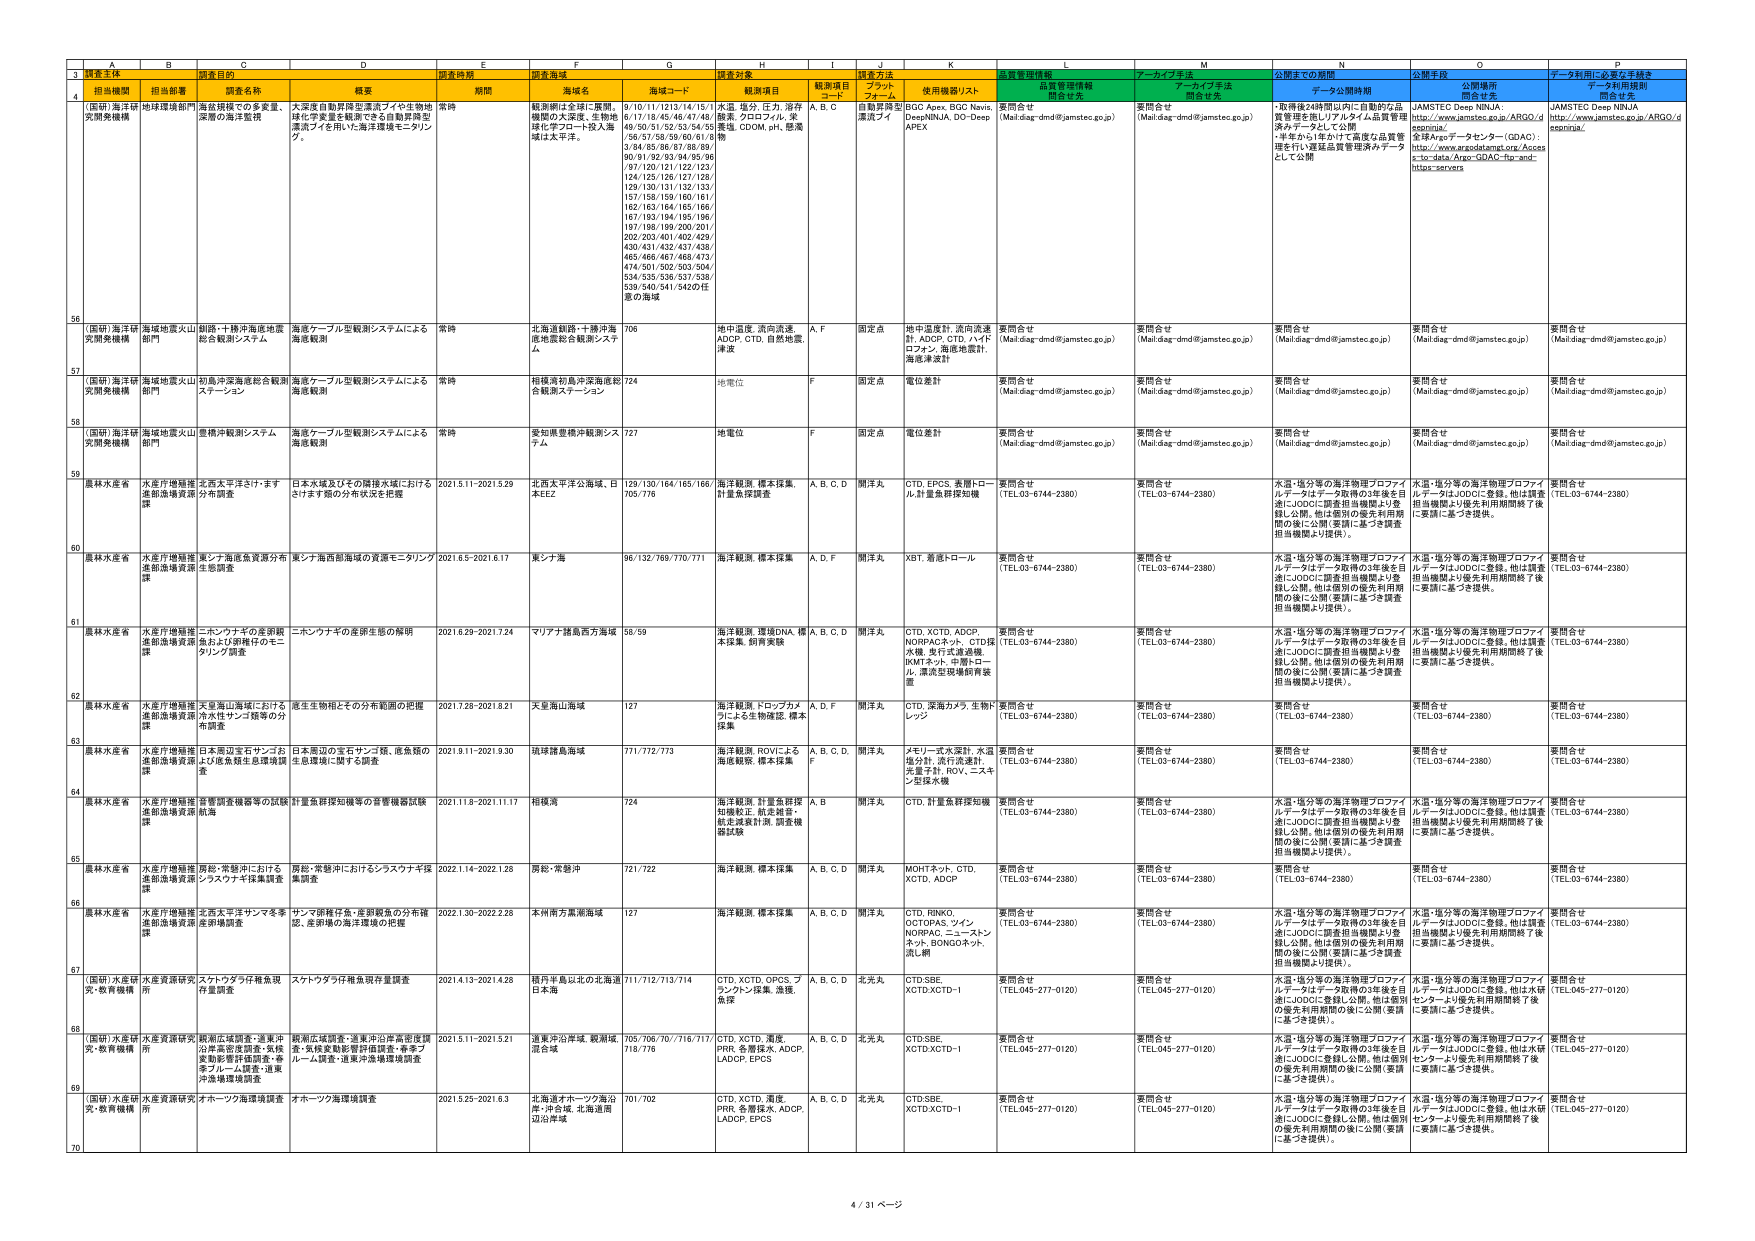
3 調査主体 調査目的 調査時期 調査海域 調査対象 調査方法 質量管理情報 アーカイブ手法 公開までの期間 公開手段 データ利用に必要な手続き
4 （国研）海洋研 究開発機構 地球環境部門 海底構造での多変量、 深層の海洋監視 大深度自動昇降型漂流ブイや生物地 球化学変量を観測できる自動昇降型 漂流ブイを用いた海洋環境モニタリン グ。 常時 輪島岬付近・全国：集積 機関の大深度、生物海 域に浮子ロート投入海 域は太平洋。 9/10/11/1213/14/15/1 6/17/18/45/46/47/48/ 49/50/51/52/53/54/55 /56/57/58/59/60/61/6 3/64/65/66/67/68/69/ 90/91/92/93/94/95/96 /97/120/121/122/123/ 124/125/126/127/128/ 129/130/131/132/133/ 157/158/159/160/161/ 162/163/164/165/166/ 167/193/194/195/196/ 197/198/199/200/201/ 202/203/401/402/429/ 430/431/432/437/438/ 463/466/467/468/473/ 474/501/502/503/504/ 534/535/536/537/538/ 539/540/541/542の任 意の海域 水温、塩分、圧力、溶存 酸素、クロロフィル、栄 養塩、CDOM、pH、懸濁 物 A, B, C 自動昇降型 漂流ブイ BGC Apex, BGC Navis, DeepNINJA, DO-Deep, APEX 要問合せ (Mail:diag-dmd@jamstec.go.jp) 要問合せ (Mail:diag-dmd@jamstec.go.jp) ・取得後24時間以内に自動的な品 質管理を施しリアルタイム品質管理 データ・ファイルを公開。 ・半年から1年かけて高度な品質管 理を行い遅延品質管理済みデータ として公開 JAMSTEC Deep NINJA http://www.jamstec.go.jp/ARGO/d eepninjal 全球Argoデータセンター（ODAC）： http://www.argodatamgt.org/Acces s-to-data/Argo-SDAC-for-and- https-servers JAMSTEC Deep NINJA http://www.jamstec.go.jp/ARGO/d eepninjal
56 （国研）海洋研 究開発機構 海域地震火山 部門 朝熊・十勝沖海底地震 総合観測システム 海底ケーブル型観測システムによる 海底観測 常時 北海道朝熊・十勝沖海 底地震総合観測システ ム 706 地中温度、流向流速、 ADOP, CTD, 自然地震、 津波 A, F 固定点 地中温度計、流向流速 計、ADOP, CTD, ハイド ロフォン、海底地震計、 海底津波計 要問合せ (Mail:diag-dmd@jamstec.go.jp) 要問合せ (Mail:diag-dmd@jamstec.go.jp) 要問合せ (Mail:diag-dmd@jamstec.go.jp) 要問合せ (Mail:diag-dmd@jamstec.go.jp) 要問合せ (Mail:diag-dmd@jamstec.go.jp)
57 （国研）海洋研 究開発機構 海域地震火山 部門 初島沖深海底総合観測 ステーション 海底ケーブル型観測システムによる 海底観測 常時 相模湾初島沖深海底総 合観測ステーション 724 地電位 F 固定点 電位差計 要問合せ (Mail:diag-dmd@jamstec.go.jp) 要問合せ (Mail:diag-dmd@jamstec.go.jp) 要問合せ (Mail:diag-dmd@jamstec.go.jp) 要問合せ (Mail:diag-dmd@jamstec.go.jp) 要問合せ (Mail:diag-dmd@jamstec.go.jp)
58 （国研）海洋研 究開発機構 海域地震火山 部門 墨積沖観測システム 海底ケーブル型観測システムによる 海底観測 常時 愛知県豊橋沖観測シス テム 727 地電位 F 固定点 電位差計 要問合せ (Mail:diag-dmd@jamstec.go.jp) 要問合せ (Mail:diag-dmd@jamstec.go.jp) 要問合せ (Mail:diag-dmd@jamstec.go.jp) 要問合せ (Mail:diag-dmd@jamstec.go.jp) 要問合せ (Mail:diag-dmd@jamstec.go.jp)
59 農林水産省 水産庁増殖推 進部漁獲資源 課 北西太平洋さけ・ます 仔魚調査 日本水域及びその隣接水域における さけます類の分布状況を把握 2021.5.11-2021.5.29 北西太平洋公海域、日 本EEZ 129/130/164/165/166/ 705/776 海洋観測、標本採集、 計量魚体調査 A, B, C, D 開洋丸 CTD, EPCS, 魚類トロ ール、計量魚群探知機 要問合せ (TEL:03-6744-2380) 要問合せ (TEL:03-6744-2380) 水温・塩分等の海洋物理プロファイ ルデータはデータ取得の3年後を目 途にJODCに調査担当機関より登 録し公開。他は個別の優先利用期 間の後に公開（要請に基づき調査 担当機関より提供）。 水温・塩分等の海洋物理プロファイ ルデータはJODCに登録。他は調査 担当機関より優先利用期間終了後 に要請に基づき提供。 要問合せ (TEL:03-6744-2380)
60 農林水産省 水産庁増殖推 進部漁獲資源 課 東シナ海産魚資源分布 生物調査 東シナ海西部海域の資源モニタリング 2021.6.5-2021.6.17 東シナ海 96/132/769/770/771 海洋観測、標本採集 A, D, F 開洋丸 XST、海底トロール 要問合せ (TEL:03-6744-2380) 要問合せ (TEL:03-6744-2380) 水温・塩分等の海洋物理プロファイ ルデータはデータ取得の3年後を目 途にJODCに調査担当機関より登 録し公開。他は個別の優先利用期 間の後に公開（要請に基づき調査 担当機関より提供）。 水温・塩分等の海洋物理プロファイ ルデータはJODCに登録。他は調査 担当機関より優先利用期間終了後 に要請に基づき提供。 要問合せ (TEL:03-6744-2380)
61 農林水産省 水産庁増殖推 進部漁獲資源 課 ニホンウナギの産卵親 魚および卵稚仔のモニ タリング調査 ニホンウナギの産卵生態の解明 2021.6.29-2021.7.24 マリアナ諸島西方海域 58/59 海洋観測、遺伝DNA, 標 本採集、飼育実験 A, B, C, D 開洋丸 CTD, XCTD, ADOP, NORPACネット、CTD採 水機、曳行式流速機、 BMTネット、中層トロ ール、濾泥型現場飼育装 置 要問合せ (TEL:03-6744-2380) 要問合せ (TEL:03-6744-2380) 水温・塩分等の海洋物理プロファイ ルデータはデータ取得の3年後を目 途にJODCに調査担当機関より登 録し公開。他は個別の優先利用期 間の後に公開（要請に基づき調査 担当機関より提供）。 水温・塩分等の海洋物理プロファイ ルデータはJODCに登録。他は調査 担当機関より優先利用期間終了後 に要請に基づき提供。 要問合せ (TEL:03-6744-2380)
62 農林水産省 水産庁増殖推 進部漁獲資源 課 天皇海山海域における ホホキサンゴ類等の分 布調査 産生生物相とその分布範囲の把握 2021.7.28-2021.8.21 天皇海山海域 127 海洋観測、ドロップカム ラによる生物確認、標本 採集 A, D, F 開洋丸 CTD、深海カメラ、生物ト レッジ 要問合せ (TEL:03-6744-2380) 要問合せ (TEL:03-6744-2380) 要問合せ (TEL:03-6744-2380) 要問合せ (TEL:03-6744-2380) 要問合せ (TEL:03-6744-2380)
63 農林水産省 水産庁増殖推 進部漁獲資源 課 日本周辺宝石サンゴお よび底魚群生息環境調 査 日本周辺の宝石サンゴ類、底魚類の 生息環境に関する調査 2021.9.11-2021.9.30 琉球諸島海域 771/772/773 海洋観測、ROVによる 海底観察、標本採集 A, B, C, D, F 開洋丸 メモリー式水深計、水温 塩分計、流行流速計、 光量子計、ROV、エスキ ン型採水機 要問合せ (TEL:03-6744-2380) 要問合せ (TEL:03-6744-2380) 要問合せ (TEL:03-6744-2380) 要問合せ (TEL:03-6744-2380) 要問合せ (TEL:03-6744-2380)
64 農林水産省 水産庁増殖推 進部漁獲資源 課 資質調査機器等の試験 航海 計量魚群探知機等の装置機器試験 2021.11.8-2021.11.17 相模湾 724 海洋観測、計量魚群探 知機校正、航走調査・ 航走試験計測、調査機 器試験 A, B 開洋丸 CTD、計量魚群探知機 要問合せ (TEL:03-6744-2380) 要問合せ (TEL:03-6744-2380) 水温・塩分等の海洋物理プロファイ ルデータはデータ取得の3年後を目 途にJODCに調査担当機関より登 録し公開。他は個別の優先利用期 間の後に公開（要請に基づき調査 担当機関より提供）。 水温・塩分等の海洋物理プロファイ ルデータはJODCに登録。他は調査 担当機関より優先利用期間終了後 に要請に基づき提供。 要問合せ (TEL:03-6744-2380)
65 農林水産省 水産庁増殖推 進部漁獲資源 課 房総・常磐沖における シスウナギ採集調査 房総・常磐沖におけるシスウナギ採 集調査 2021.1.14-2022.1.26 房総・常磐沖 721/722 海洋観測、標本採集 A, B, C, D 開洋丸 MOHTネット、CTD、 XCTD、ADOP 要問合せ (TEL:03-6744-2380) 要問合せ (TEL:03-6744-2380) 要問合せ (TEL:03-6744-2380) 要問合せ (TEL:03-6744-2380) 要問合せ (TEL:03-6744-2380)
66 農林水産省 水産庁増殖推 進部漁獲資源 課 北西太平洋サンマ冬季 産卵調査 サンマ卵稚仔魚・産卵親魚の分布確 認、産卵場の海洋環境の把握 2022.1.30-2022.2.26 本州南方黒潮海域 127 海洋観測、標本採集 A, B, C, D 開洋丸 CTD, RINKO, OCTOPAS, ライン, NORPAC, ニューストン ネット, BONGOネット, 漁し網 要問合せ (TEL:03-6744-2380) 要問合せ (TEL:03-6744-2380) 水温・塩分等の海洋物理プロファイ ルデータはデータ取得の3年後を目 途にJODCに調査担当機関より登 録し公開。他は個別の優先利用期 間の後に公開（要請に基づき調査 担当機関より提供）。 水温・塩分等の海洋物理プロファイ ルデータはJODCに登録。他は調査 担当機関より優先利用期間終了後 に要請に基づき提供。 要問合せ (TEL:03-6744-2380)
67 （国研）水産研 究・教育機構 水産資源研究 所 スケトウダラ仔稚魚現 存量調査 スケトウダラ仔稚魚現存量調査 2021.4.13-2021.4.28 種丹半島以北の北海道 日本海 711/712/713/714 CTD, XCTD, OPCS, フ ランドトン採集、漁獲、 魚探 A, B, C, D 北光丸 CTD,SBE, XCTD,XCTD-1 要問合せ (TEL:045-277-0120) 要問合せ (TEL:045-277-0120) 水温・塩分等の海洋物理プロファイ ルデータはデータ取得の3年後を目 途にJODCに登録し公開。他は個別 の優先利用期間の後に公開(要請 に基づき提供)。 水温・塩分等の海洋物理プロファイ ルデータはJODCに登録。他は水研 センターより優先利用期間終了後 に要請に基づき提供。 要問合せ (TEL:045-277-0120)
68 （国研）水産研 究・教育機構 水産資源研究 所 観測広域調査・遠東沖 洋、気候変動影響評価調査・春季ブ ルーム調査・遠東沖漁場環境調査 観測広域調査・遠東沖沿岸高密度調 査・気候変動影響評価調査・春季ブ ルーム調査・遠東沖漁場環境調査 2021.5.11-2021.5.21 遠東沖沿岸域、観測域、 遠洋域 705/706/707/716/717/ 718/776 CTD, XCTD, 温度、 PRR, 各層採水、ADOP, LADCP, EPCS A, B, C, D 北光丸 CTD,SBE, XCTD,XCTD-1 要問合せ (TEL:045-277-0120) 要問合せ (TEL:045-277-0120) 水温・塩分等の海洋物理プロファイ ルデータはデータ取得の3年後を目 途にJODCに登録し公開。他は個別 の優先利用期間の後に公開(要請 に基づき提供)。 水温・塩分等の海洋物理プロファイ ルデータはJODCに登録。他は水研 センターより優先利用期間終了後 に要請に基づき提供。 要問合せ (TEL:045-277-0120)
69 （国研）水産研 究・教育機構 水産資源研究 所 オホーツク海環境調査 オホーツク海環境調査 2021.5.25-2021.6.3 北海道オホーツク海沿 岸、沖合域、北海道周 辺沿岸域 701/702 CTD, XCTD, 温度、 PRR, 各層採水、ADOP, LADCP, EPCS A, B, C, D 北光丸 CTD,SBE, XCTD,XCTD-1 要問合せ (TEL:045-277-0120) 要問合せ (TEL:045-277-0120) 水温・塩分等の海洋物理プロファイ ルデータはデータ取得の3年後を目 途にJODCに登録し公開。他は個別 の優先利用期間の後に公開(要請 に基づき提供)。 水温・塩分等の海洋物理プロファイ ルデータはJODCに登録。他は水研 センターより優先利用期間終了後 に要請に基づき提供。 要問合せ (TEL:045-277-0120)
70 4 / 31 ページ